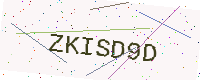
Text: ZKISD9D